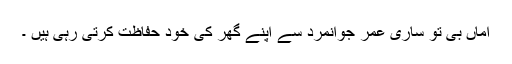
اماں بی تو ساری عمر جوانمرد سے اپنے گھر کی خود حفاظت کرتی رہی ہیں ۔